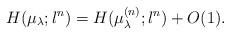
LaTeX: \begin{align*}H(\mu_{\lambda};\l^n)=H(\mu_{\lambda}^{(n)};\l^n)+O(1).\end{align*}